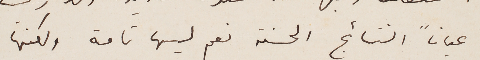
عياناً النتائج الحسنة نعم ليسها تامة ولكنها